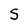
Character: S